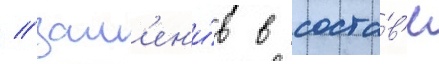
/ зам'ен'и́в в соста́в'е